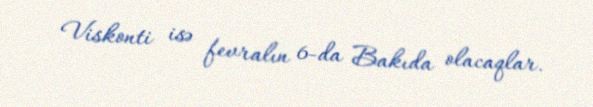
Viskonti isə fevralın 6-da Bakıda olacaqlar.